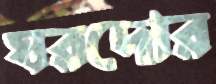
ঘরদোর